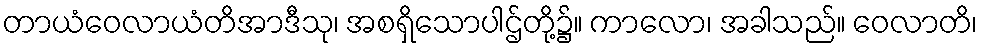
တာယံဝေလာယံတိအာဒီသု၊ အစရှိသောပါဌ်တို့၌။ ကာလော၊ အခါသည်။ ဝေလာတိ၊